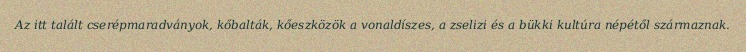
Az itt talált cserépmaradványok, kőbalták, kőeszközök a vonaldíszes, a zselizi és a bükki kultúra népétől származnak.